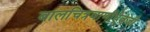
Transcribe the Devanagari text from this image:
बालचित्रवाणीऐवजी